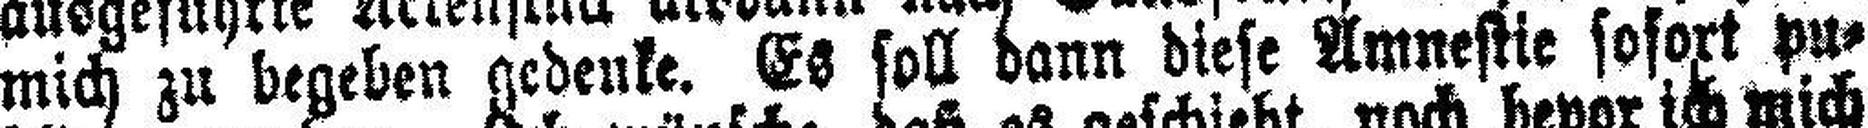
mich zu begeben gedenke. Es soll dann diese Amnestie sofort pu¬